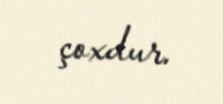
çoxdur.